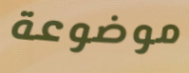
موضوعة